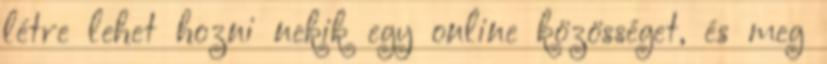
létre lehet hozni nekik egy online közösséget, és meg